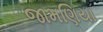
જામણિયા